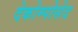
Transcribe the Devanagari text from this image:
देकोम्पोसेद